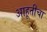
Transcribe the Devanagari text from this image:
आहूतीचा